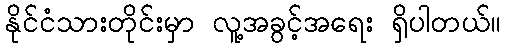
နိုင်ငံသားတိုင်းမှာ လူ့အခွင့်အရေး ရှိပါတယ်။